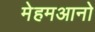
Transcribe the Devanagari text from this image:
मेहमआनो